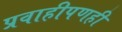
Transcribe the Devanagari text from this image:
प्रवाहीपणही